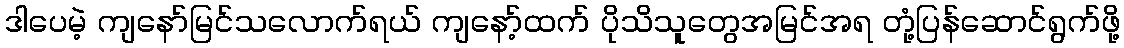
ဒါပေမဲ့ ကျနော်မြင်သလောက်ရယ် ကျနော့်ထက် ပိုသိသူတွေအမြင်အရ တုံ့ပြန်ဆောင်ရွက်ဖို့